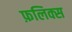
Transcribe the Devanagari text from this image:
फ़लिक्स